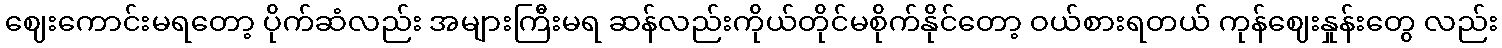
ဈေးကောင်းမရတော့ ပိုက်ဆံလည်း အများကြီးမရ ဆန်လည်းကိုယ်တိုင်မစိုက်နိုင်တော့ ဝယ်စားရတယ် ကုန်ဈေးနှုန်းတွေ လည်း